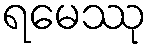
ရမေဿု